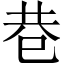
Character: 巷